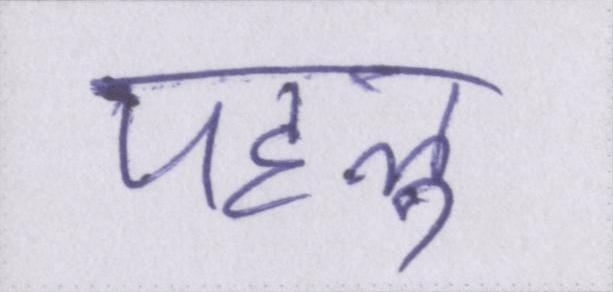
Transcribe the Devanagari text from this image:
पहलु